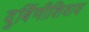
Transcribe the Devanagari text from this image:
दुर्बिणीशिवाय